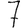
Digit: 7